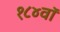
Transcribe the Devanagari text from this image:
१८४वॉ